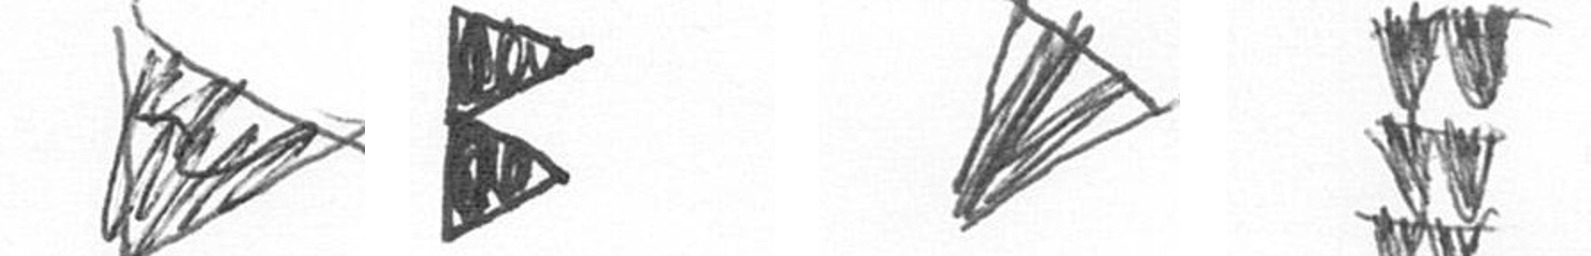
T P O Y